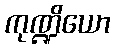
ကုဏ္ဍိယော